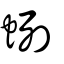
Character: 蛚